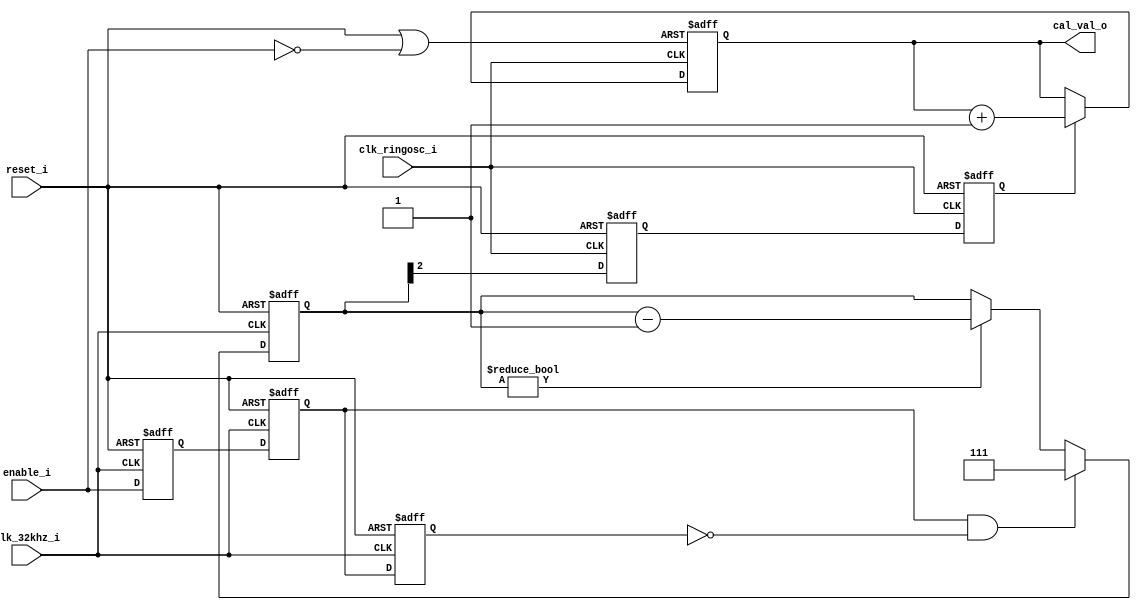

/* ------------------------------------------------------------------
ring_osc_adjust.v

Control logic to keep the ring oscillator's frequency within the
desired range.

	divider values from ClockDivider_rev2.pdf:

		SEL		sysclk_x2	sysclk
		--------------------------------
		000		?			?
		001		2			4
		010		3			6
		011		4			8
		100		5			10
		101		6			12
		110		7			14
		111		8			16

------------------------------------------------------------------ */

`timescale 1ps/1ps

/*
module ring_osc_adjust (
	input			reset_i,				// async reset
	input			clk_ringosc_i,		// the ring oscillator output divided by 2 (this is not clk_main)
	input			clk_32khz_i,			// 32.768KHz reference clock
	input			enable_i,				// enable, can be tied off externally or driven occasionally to force re-calibration
	output	[2:0]	div_sel_o				// divider selection control for the ring oscillator divider circuit (in ASSP)
);

reg				clk32k_r1, clk32k_r2;
reg				clk32k_cycle_start;
reg				enable_32k_sync, enable_32k_sync_r1;
reg				enable_main_sync, enable_main_sync_r1, enable_main;
reg		[10:0]	clk_ringosc_div2_cnt;
reg		[2:0]	ring_osc_div, ring_osc_div_reg;

// divider SEL values
localparam	[2:0]	DIV2_SEL = 3'b001;
localparam	[2:0]	DIV3_SEL = 3'b010;
localparam	[2:0]	DIV4_SEL = 3'b011;
localparam	[2:0]	DIV5_SEL = 3'b100;
localparam	[2:0]	DIV6_SEL = 3'b101;
localparam	[2:0]	DIV7_SEL = 3'b110;
localparam	[2:0]	DIV8_SEL = 3'b111;

// threshold values for each divider value.
//		These are the count values where each divider value will be applied.
//		Example: if there are 395 counts on clk_ringosc_div2 within a 32KHz clock period, the ring osc is divided by 5.
//					A divider of 5 means that sysclk_x2 = ring_osc/5, and sysclk = ring_osc/10.
//		Nomenclature:
//			ring_osc		= ring oscillator raw clock (not accessible outside of ASSP)
//			ring_osc_div2	= ring oscillator divided by 2 (used for calibration)
//			sysclk_x2		= ring oscillator divided by SEL
//			sysclk			= ring oscillator divided by SEL*2 (used as system clock A.K.A. FFE clock)
//		Assumptions:
//			Ring osc range: 25.2MHz - 53.2MHz (39.7ns to 18.8ns period)
//			I2C master will divide clk_main by 9 to produce SCL.
//			SCL freq cannot exceed 400KHz.
//			Guardband of 10% is added to allow for temperature/voltage variation, in case calibration is only done once at startup.
//				A smaller guardband can be used if calibration is performed periodically.
localparam	[10:0]	DIV4_THRESHOLD = 11'd32;	// (the threshold of 32 is arbitrary... just needs to be somewhat larger than 0)
localparam	[10:0]	DIV5_THRESHOLD = 11'd395;
localparam	[10:0]	DIV6_THRESHOLD = 11'd494;
localparam	[10:0]	DIV7_THRESHOLD = 11'd595;
localparam	[10:0]	DIV8_THRESHOLD = 11'd693;


// synchronize the enable to clk32k (set this FF on the rising edge of enable_i,
//		clear it after one full 32KHz period has elapsed)
always @(posedge enable_i or posedge clk_32khz_i)
	if (enable_i)
		enable_32k_sync <= 1'b1;
	else
		if (enable_32k_sync_r1)
			enable_32k_sync <= 1'b0;
		else
			enable_32k_sync <= enable_32k_sync;

always @(posedge clk_32khz_i)
	enable_32k_sync_r1 <= enable_32k_sync;

assign enable_32k = enable_32k_sync_r1;


// detect rising edge on clk32khz
always @(posedge clk_ringosc_i) begin
	if (!enable_i) begin
		clk32k_r1 <= 1'b0;
		clk32k_r2 <= 1'b0;
		clk32k_cycle_start <= 1'b0;
	end
	else begin
		clk32k_r1 <= clk_32khz_i;
		clk32k_r2 <= clk32k_r1;
		clk32k_cycle_start <= clk32k_r1 && !clk32k_r2;
	end
end


// synchronize the stretched enable to the main clk domain,
//		turn this enable off when clk32k_cycle_start is active
always @(posedge clk_ringosc_i or posedge reset_i) begin
	if (reset_i) begin
		enable_main_sync <= 1'b0;
		enable_main_sync_r1 <= 1'b0;
		enable_main <= 1'b0;
	end
	else begin
		enable_main_sync <= enable_32k;
		enable_main_sync_r1 <= enable_main_sync;
		case (enable_main)
			1'b0:	if (clk32k_cycle_start && enable_main_sync_r1)
						enable_main <= 1'b1;
					else
						enable_main <= 1'b0;
			1'b1:	if (clk32k_cycle_start && !enable_32k)
						enable_main <= 1'b0;
					else
						enable_main <= 1'b1;
		endcase
	end
end


// count # of clk_ringosc_div2 cycles per 32khz clock period
always @(posedge clk_ringosc_i or posedge reset_i)
	if (reset_i)
		clk_ringosc_div2_cnt <= 0;
	else
		if (enable_main)
			if (clk32k_cycle_start)
				clk_ringosc_div2_cnt <= 0;
			else
				clk_ringosc_div2_cnt <= clk_ringosc_div2_cnt + 1;
		else
			clk_ringosc_div2_cnt <= 0;


// set the ring_osc clock divider value
//		_div holds the temporary divider SEL valud
//		_div_reg gets assigned after a full 32KHz clock period
always @(posedge clk_ringosc_i or posedge reset_i)
	if (reset_i) begin
		ring_osc_div <= 3'b111;		// use the largest divide value by default
		ring_osc_div_reg <= 3'b111;
	end
	else begin
		if (enable_main)
			case (clk_ringosc_div2_cnt)
				DIV4_THRESHOLD:		ring_osc_div <= DIV4_SEL;
				DIV5_THRESHOLD:		ring_osc_div <= DIV5_SEL;
				DIV6_THRESHOLD:		ring_osc_div <= DIV6_SEL;
				DIV7_THRESHOLD:		ring_osc_div <= DIV7_SEL;
				DIV8_THRESHOLD:		ring_osc_div <= DIV8_SEL;
				default:	ring_osc_div <= ring_osc_div;	// hold for all other values
			endcase
		else
			ring_osc_div <= ring_osc_div;	// need to retain the old value when enable is off

		if (clk32k_cycle_start)
			ring_osc_div_reg <= ring_osc_div;
		else
			ring_osc_div_reg <= ring_osc_div_reg;
	end

assign div_sel_o = ring_osc_div_reg;


//// New Logic to produce CNT to system
//// Detect transition of Calibration aneble from Low to Hi
always @(posedge clk_32khz_i or posedge reset_i)
begin
	if (reset_i) begin
		enable_r1 <= 1'b0;
		enable_r2 <= 1'b0;
		enable_r3 <= 1'b0;
	end
	else begin
		enable_r1 <= enable_i;
		enable_r2 <= enable_r1;
		enable_r3 <= enable_r2;
	end
end

// Generating enable for Clock Cnt circuit
// Default is is 2 32KHz CLK period
always @(posedge clk_32khz_i or posedge reset_i)
begin
	if (reset_i)
		downCnt <= 2'b0;
	else
		if (enable_r2 && !enable_r3)
			downCnt <= 2'b11;
		else if (downCnt[1] || downCnt[0])
			downCnt <= downCnt - 1'b1;
		else
			downCnt <= downCnt;
end

// Sync to ring osc clk
always @(posedge clk_ringosc_i or posedge reset_i)
	if (reset_i)
		downCnt1_r1 <= 1'b0;
		downCnt1_r2 <= 1'b0;
	else
		downCnt1_r1 <= downCnt[1];
		downCnt1_r2 <= downCnt1_r1;

assign ringosccnt_reset = reset_i && !enable_i;
// Counting # of ringosc cyces in two 32KHz clock
always @(posedge clk_ringosc_i or posedge ringosccnt_reset)
begin
	if (ringosccnt_reset)
		ringosc_2_cnt <= 16'b0;
	else if (downCnt1_r2)
		ringosc_2_cnt <= ringosc_2_cnt + 1'b0;
	else
		ringosc_2_cnt <= ringosc_2_cnt;
end


endmodule
*/

module ring_osc_adjust (
	input			reset_i,				// async reset
	input			clk_ringosc_i,		// the ring oscillator output divided by 2 (this is not clk_main)
	input			clk_32khz_i,			// 32.768KHz reference clock
	input			enable_i,				// enable, can be tied off externally or driven occasionally to force re-calibration
	output	[15:0]	cal_val_o				// divider selection control for the ring oscillator divider circuit (in ASSP)
);

reg			enable_r1, enable_r2, enable_r3;
reg	[2:0]	downCnt;
reg			downCnt1_r1, downCnt1_r2;
reg	[15:0]	ringosc_2_cnt;
wire		ringosccnt_reset;

//// New Logic to produce CNT to system
//// Detect transition of Calibration aneble from Low to Hi
always @(posedge clk_32khz_i or posedge reset_i)
begin
	if (reset_i) begin
		enable_r1 <= 1'b0;
		enable_r2 <= 1'b0;
		enable_r3 <= 1'b0;
	end
	else begin
		enable_r1 <= enable_i;
		enable_r2 <= enable_r1;
		enable_r3 <= enable_r2;
	end
end

// Generating enable for Clock Cnt circuit
// Default is is 2 32KHz CLK period
always @(posedge clk_32khz_i or posedge reset_i)
begin
	if (reset_i)
		downCnt <= 3'b0;
	else
		if (enable_r2 && !enable_r3)
			downCnt <= 3'b111;
		else if (downCnt != 3'b000)
			downCnt <= downCnt - 1'b1;
		else
			downCnt <= downCnt;
end

// Sync to ring osc clk
always @(posedge clk_ringosc_i or posedge reset_i)
	if (reset_i)
	begin
		downCnt1_r1 <= 1'b0;
		downCnt1_r2 <= 1'b0;
	end
	else
	begin
		downCnt1_r1 <= downCnt[2];
		downCnt1_r2 <= downCnt1_r1;
	end

assign ringosccnt_reset = reset_i || !enable_i;
// Counting # of ringosc cyces in two 32KHz clock
always @(posedge clk_ringosc_i or posedge ringosccnt_reset)
begin
	if (ringosccnt_reset)
		ringosc_2_cnt <= 16'b0;
	else if (downCnt1_r2)
		ringosc_2_cnt <= ringosc_2_cnt + 1'b1;
	else
		ringosc_2_cnt <= ringosc_2_cnt;
end

assign	cal_val_o = ringosc_2_cnt;

endmodule